Vaccination North-Western Provinces 1866-1877 - 1866-1877
Year: 1866
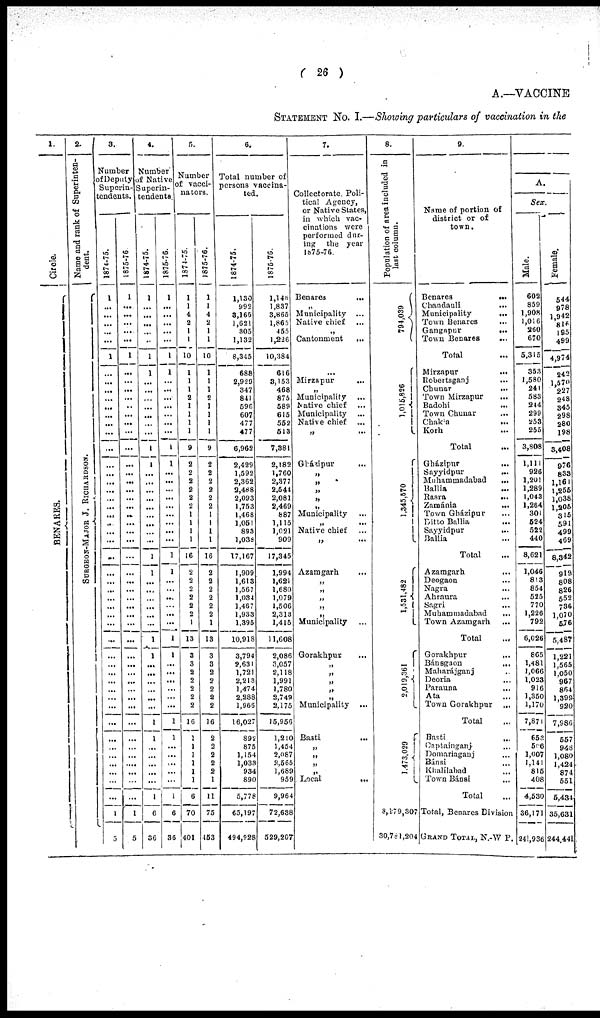
( 26 )
A.—VACCINE
STATEMENT No. I.—Showing particulars of vaccination in the
1.
Circle.
BENARES.
2.
Name and rank of Superinten-
dent.
SURGEON-MAJOR J. RICHARDSON.
3.
Number
of Deputy
Superin-
tendents.
1874-76.
1
...
...
...
...
...
1
...
...
...
...
...
...
...
...
...
...
...
...
...
...
...
...
...
...
...
...
...
...
...
...
...
...
...
...
...
...
...
...
...
...
...
...
...
...
...
...
...
...
...
1
5
1875-76
1
...
...
...
...
...
1
...
...
...
...
..
...
...
...
...
...
...
...
...
...
...
...
...
...
...
...
...
...
...
...
...
...
...
...
...
...
...
...
...
...
...
...
...
...
...
...
...
...
...
1
5
4.
Number
of Native
Superin-
tendents.
1874-75.
1
...
...
...
...
..
1
1
...
...
...
...
...
...
...
1
1
...
...
...
...
...
...
...
...
...
1
1
...
...
...
...
...
...
1
1
...
...
...
...
...
...
1
1
...
...
...
...
...
1
6
36
1875-76.
1
...
...
...
...
...
1
1
...
...
...
...
...
...
...
1
1
...
...
...
...
...
...
...
...
...
1
1
...
...
...
...
...
...
1
1
...
...
...
...
...
...
1
1
...
...
...
...
...
1
6
36
5.
Number
of vacci-
nators.
1874-75.
1
1
4
2
1
1
10
1
1
1
2
1
1
1
1
9
2
2
2
2
2
2
1
1
1
1
16
2
2
2
2
2
2
1
13
3
3
2
2
2
2
2
16
1
1
1
1
1
1
6
70
401
1875-76.
1
1
4
2
1
1
10
1
1
1
2
1
1
1
1
9
2
2
2
2
2
2
1
1
1
1
16
2
2
2
2
2
2
1
13
3
3
2
2
2
2
2
16
2
2
2
2
2
1
11
75
453
6.
Total number of
persons vaccina-
ted.
1874-75.
1,130
992
3,165
1,621
305
1,132
8,345
688
2,929
347
841
596
607
477
477
6,962
2,429
1,592
2,362
2,488
2,093
1,753
1,468
1,051
893
1,038
17,167
1,909
1,613
1,567
1,034
1,467
1,933
1,395
10,918
3,794
2,631
1,721
2,213
1,474
2,288
1,966
16,027
892
876
1,154
1,033
934
890
5,778
65,197
494,928
1875-76.
1,148
1,837
3,865
1,865
455
1,226
10,384
616
3,153
468
875
589
615
552
513
7,381
2,182
1,760
2,377
2,641
2,081
2,469
887
1,115
1,021
909
17,345
1,994
1,621
1,680
1,079
1,506
2,318
1,415
11,608
2,086
3,057
2,118
1,991
1,780
2,749
2,175
15,956
1,210
1,454
2,087
2,565
1,689
959
9,964
72,638
529,207
7.
Collectorate. Poli-
tical Agency,
or Native States,
in which vac-
cinations were
performed dur-
ing the year
1875-76.
Benares
...
„
Municipality ...
Native chief ...
„
Cantonment
...
...
Mirzapur
...
„
Municipality ...
Native chief ...
Municipality ...
Native chief ...
„
...
Gházipur
„
„
„
„
„
Municipality ...
„
...
Native chief ...
„
...
Azamgarh
...
„
„
„
„
„
Municipality ...
Gorakhpur ...
„
„
„
„
„
Municipality ...
Basti ...
„
„
„
„
Local
...
8.
Population of area included in
last column.
794,039
1,015,826
1,345,570
1,531,482
2,019,361
1,473,029
8,179,307
30,781,204
9
Name of portion of
district or of
town.
Benares
...
Chandauli
...
Municipality
...
Town Benares ...
Gangapur
...
Town Benares
...
Total ...
Mirzapur
...
Robertsganj ...
Chunar
...
Town Mirzapur
...
Badohi
...
Town Chunar ...
Chakia
...
Korh ...
Total ...
Gházipur
...
Sayyidpur
...
Muhammadabad
...
Ballia ...
Basra
...
Zamánia
...
Town Gházipur ...
Ditto Ballia ...
Sayyidpur
...
Ballia ...
Total ...
Azamgarh ...
Deogaon ...
Nagra ...
Ahraura ...
Sagri ...
Muhammadabad
...
Town Azamgarh ...
Total ...
Gorakhpur
...
Bánsgaon
...
Maharájganj ...
Deoria ...
Parauna
...
Ata ...
Town Gorakhpur ...
Total ...
Basti
...
Captainganj ...
Domariaganj ...
Bánsi ...
Khalílabad ...
Town Bánsi ...
Total ...
Total, Benares Division
GRAND TOTAL, N.-W P.
A.
Sex.
Male.
602
859
1,908
1,016
260
670
5,315
353
1,580
241
583
244
299
253
255
3,808
1,111
926
1,201
1,289
1,043
1,264
301
624
522
440
8,621
1,046
813
854
525
770
1,226
792
6,026
865
1,481
1,066
1,023
916
1,350
1,170
7,871
653
506
1,007
1,141
815
408
4,530
36,171
241,936
Female.
544
978
1,942
816
195
499
4,974
242
1,570
227
248
345
298
280
198
3,408
976
833
1,161
1,255
1,038
1,205
315
591
499
469
8,342
919
808
826
552
736
1,070
576
5,487
1,221
1,565
1,050
967
864
1,399
920
7,986
557
948
1,080
1,424
874
551
5,434
35,631
244,441